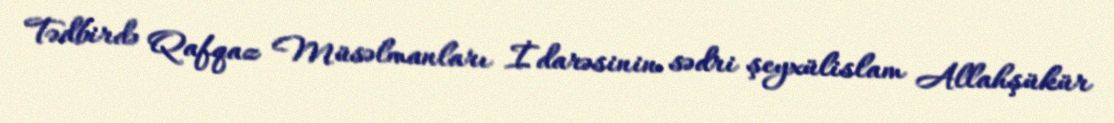
Tədbirdə Qafqaz Müsəlmanları İdarəsinin sədri şeyxülislam Allahşükür